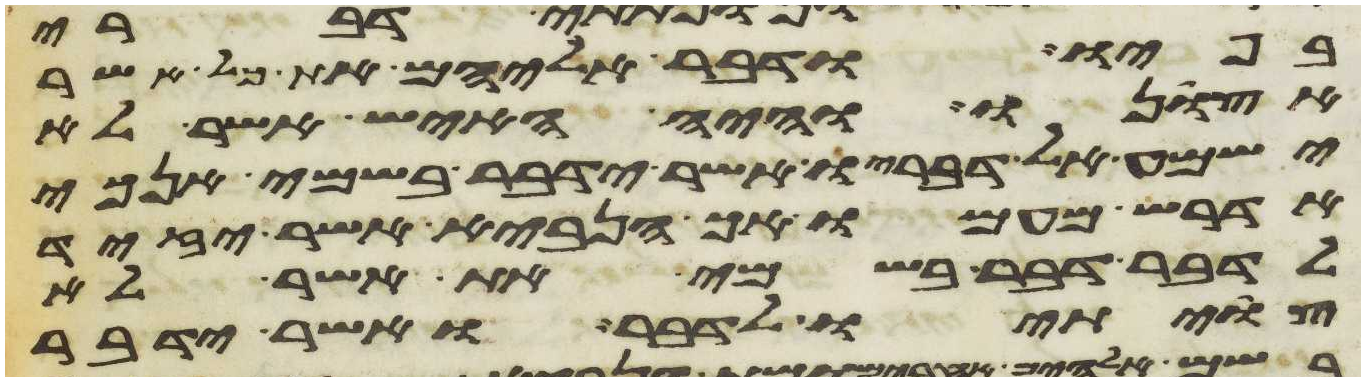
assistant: בפיו ודבר אליהם את כל אשר
אצונו והיה האיש אשר לא
ישמע אל דבריו אשר ידבר בשמי אנכי
אדרש מעמו אך הנביא אשר יזיד
לדבר דבר בשמי את אשר לא
צויתיו לדבר ואשר ידבר